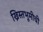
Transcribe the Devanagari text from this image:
ख्रिस्तभूमीची